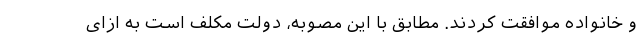
و خانواده موافقت کردند. مطابق با این مصوبه، دولت مکلف است به ازای